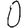
Digit: 0